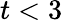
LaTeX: t<3